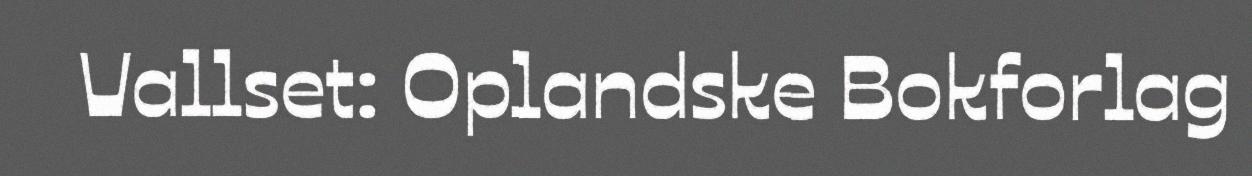
Vallset: Oplandske Bokforlag